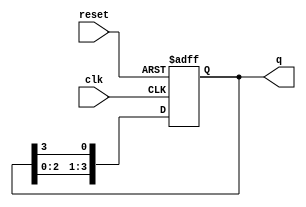
module bistable_ring_counter #(
    parameter N = 4  // Number of flip-flops
) (
    input wire clk,     // Clock signal
    input wire reset,   // Asynchronous reset signal
    output reg [N-1:0] q // Output state of the counter
);

// Internal signal to hold the next state
reg [N-1:0] next_state;

// Sequential logic for the ring counter
always @(posedge clk or posedge reset) begin
    if (reset) begin
        // Initialize the counter to 1000...0 (only the first flip-flop set)
        q <= 1'b1 << (N-1); // Set the first flip-flop to 1
    end else begin
        // Shift the state to the right
        q <= {q[N-2:0], q[N-1]}; // Shift left and wrap around
    end
end

endmodule